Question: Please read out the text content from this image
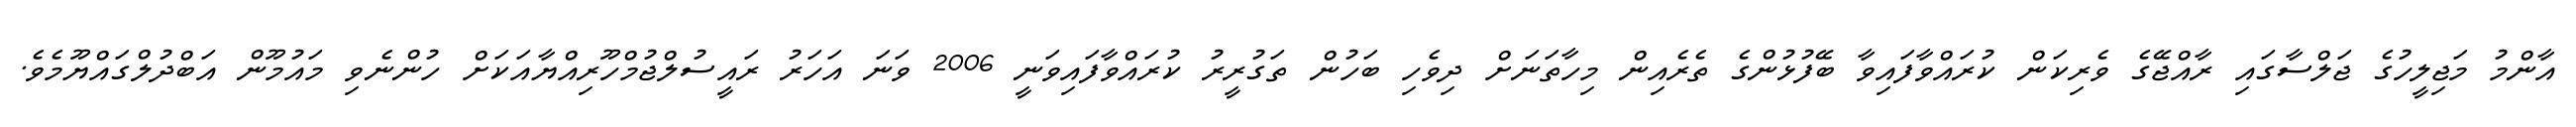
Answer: އާންމު މަޖިލީހުގެ ޖަލްސާގައި ރާއްޖޭގެ ވެރިކަން ކުރައްވާފައިވާ ބޭފުޅުންގެ ތެރެއިން މިހާތަނަށް ދިވެހި ބަހުން ތަގުރީރު ކުރައްވާފައިވަނީ 2006 ވަނަ އަހަރު ރައީސުލްޖުމްހޫރިއްޔާއަކަށް ހުންނެވި މައުމޫން އަބްދުލްގައްޔޫމެވެ.